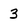
Character: 3